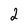
Character: 2